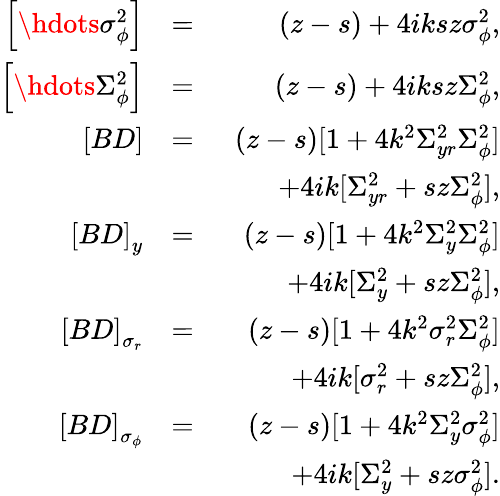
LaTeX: \begin{array}{rlr}{\left[\hdots\sigma_{\phi}^{2}\right]}&{=}&{(z-s)+4iksz\sigma_{\phi}^{2},}\\ {\left[\hdots\Sigma_{\phi}^{2}\right]}&{=}&{(z-s)+4iksz\Sigma_{\phi}^{2},}\\ {\left[BD\right]}&{=}&{(z-s)[1+4k^{2}\Sigma_{yr}^{2}\Sigma_{\phi}^{2}]}\\ &{}&{\qquad+4ik[\Sigma_{yr}^{2}+sz\Sigma_{\phi}^{2}],}\\ {\left[BD\right]_{y}}&{=}&{(z-s)[1+4k^{2}\Sigma_{y}^{2}\Sigma_{\phi}^{2}]}\\ &{}&{\qquad+4ik[\Sigma_{y}^{2}+sz\Sigma_{\phi}^{2}],}\\ {\left[BD\right]_{\sigma_{r}}}&{=}&{(z-s)[1+4k^{2}\sigma_{r}^{2}\Sigma_{\phi}^{2}]}\\ &{}&{\qquad+4ik[\sigma_{r}^{2}+sz\Sigma_{\phi}^{2}],}\\ {\left[BD\right]_{\sigma_{\phi}}}&{=}&{(z-s)[1+4k^{2}\Sigma_{y}^{2}\sigma_{\phi}^{2}]}\\ &{}&{\qquad+4ik[\Sigma_{y}^{2}+sz\sigma_{\phi}^{2}].}\end{array}